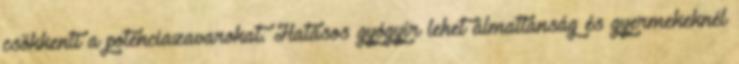
csökkenti a potenciazavarokat. Hatásos gyógyír lehet álmatlanság és gyermekeknél